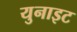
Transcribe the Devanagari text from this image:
युनाइट